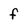
Character: f